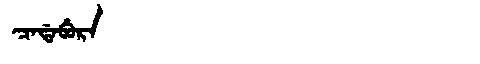
Manchu: ᠴᠠᡩᠠᠪᡠᡵᠠ
Romanization: CADABURA